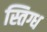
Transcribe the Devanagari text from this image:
स्तिग्ध